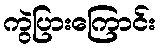
ကွဲပြားကြောင်း